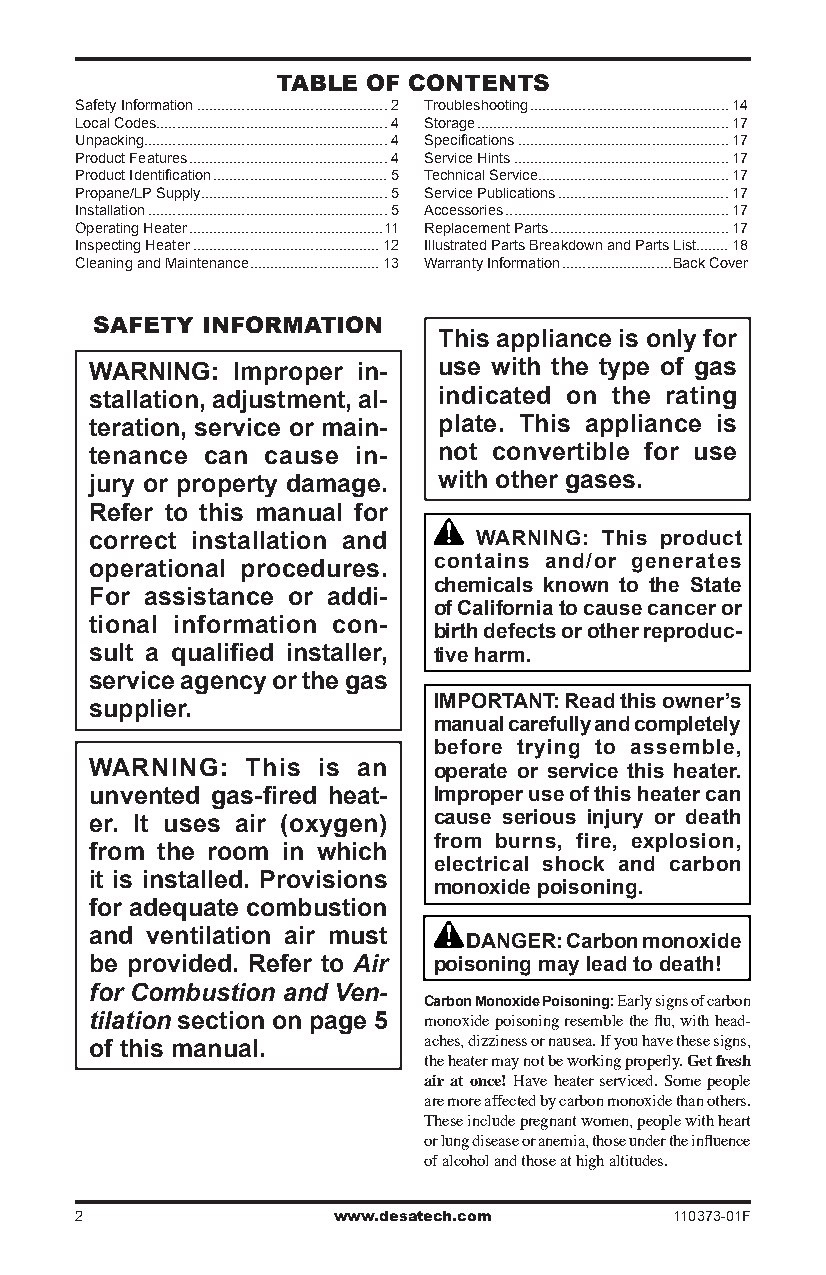
TaBle oF ConTenTs
 Safety Information ............................................... Troubleshooting .................................................14
 Local Codes.........................................................4 Storage ..............................................................17
 Unpacking............................................................4 Specifications ....................................................17
 Product Features .................................................4 Service Hints .....................................................17
 Product Identification ...........................................5 Technical Service...............................................17
 Propane/LP Supply ..............................................5 Service Publications ..........................................17
 Installation ...........................................................5 Accessories .......................................................17
 Operating Heater ................................................11 Replacement Parts ............................................17
 Inspecting Heater ..............................................1 Illustrated Parts Breakdown and Parts List........18
 Cleaning and Maintenance ................................13 Warranty Information ...........................Back Cover
 saFeTy InFoRMaTIon
 This appliance is only for
 WARNING: Improper in-  use with the type of gas
 stallation, adjustment, al- indicated on the rating
 teration, service or main- plate. This appliance is
 tenance can cause in-  not convertible for use
 jury or property damage. with other gases.
 Refer to this manual for
 correct installation and  WARNING: This product
 operational procedures. contains and/or generates
 chemicals known to the State
 For assistance or addi-
 of California to cause cancer or
 tional information con-
 birth defects or other reproduc-
 sult a qualified installer, tive harm.
 service agency or the gas
 IMPORTANT: Read this owner’s
 supplier.
 manual carefully and completely
 before trying to assemble,
 WARNING:  This is an   operate or service this heater.
 unvented gas-fired heat- Improper use of this heater can
 er. It uses air (oxygen) cause serious injury or death
 from burns, fire, explosion,
 from the room in which
 electrical shock and carbon
 it is installed. Provisions
 monoxide poisoning.
 for adequate combustion
 and ventilation air must
 DANGER: Carbon monoxide
 be provided. Refer to Air poisoning may lead to death!
 for Combustion and Ven-
 Carbon Monoxide Poisoning: Early signs of carbon
 tilation section on page 5
 monoxide poisoning resemble the flu, with head-
 of this manual.       aches, dizziness or nausea. If you have these signs,
 the heater may not be working properly. Get fresh
 air at once! Have heater serviced. Some people
 are more affected by carbon monoxide than others.
 These include pregnant women, people with heart
 or lung disease or anemia, those under the influence
 of alcohol and those at high altitudes.
                 www.desatech.com       110373-01F